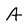
Character: A